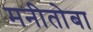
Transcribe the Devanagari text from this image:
मनीतोबा